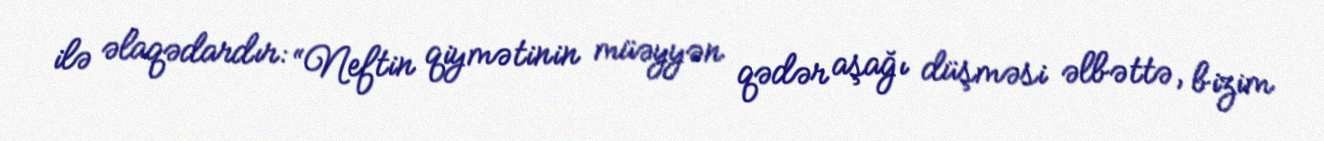
ilə əlaqədardır: “Neftin qiymətinin müəyyən qədər aşağı düşməsi əlbəttə, bizim